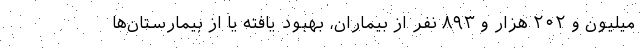
میلیون و ۲۰۲ هزار و ۸۹۳ نفر از بیماران، بهبود یافته یا از بیمارستان‌ها